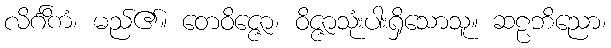
လိင်္ဂိကံ၊ မည်၏။ တေဝိဇ္ဇော၊ ဝိဇ္ဇာသုံးပါးရှိသောသူ။ ဆဠဘိညော၊